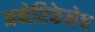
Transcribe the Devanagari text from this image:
अमेरिकेनेच